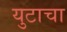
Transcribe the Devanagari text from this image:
युटाचा